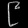
Digit: ၉